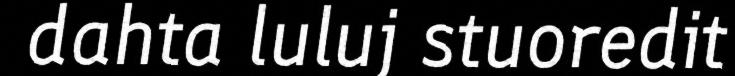
dahta luluj stuoredit